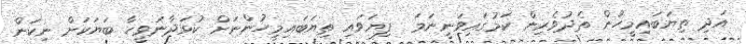
އަދި ތިޔަބައިމީހުން ތެދުވެރިން ކަމުގައިވަނީނަމަ  ފިޔަވައި ތިޔަބައިމީހުންނަށް ކުޅަދާނަވީހާ ބަޔަކަށް ނިކަން